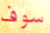
سوف